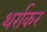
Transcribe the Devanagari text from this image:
थर्राकर